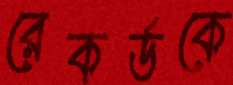
রেকর্ডকে